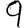
Digit: 9